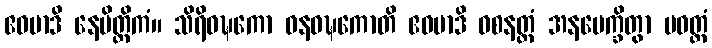
ဧဝမာဒိ နေမိတ္တိကံ။ သိရိဝဍ္ဎကော ဓနဝဍ္ဎကောတိ ဧဝမာဒိ ဝစနတ္ထံ အနပေက္ခိတွာ ပဝတ္တံ